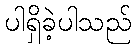
ပါရှိခဲ့ပါသည်